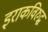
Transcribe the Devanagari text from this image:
इराकविरुद्ध